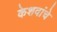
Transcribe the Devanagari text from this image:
केशवांचे